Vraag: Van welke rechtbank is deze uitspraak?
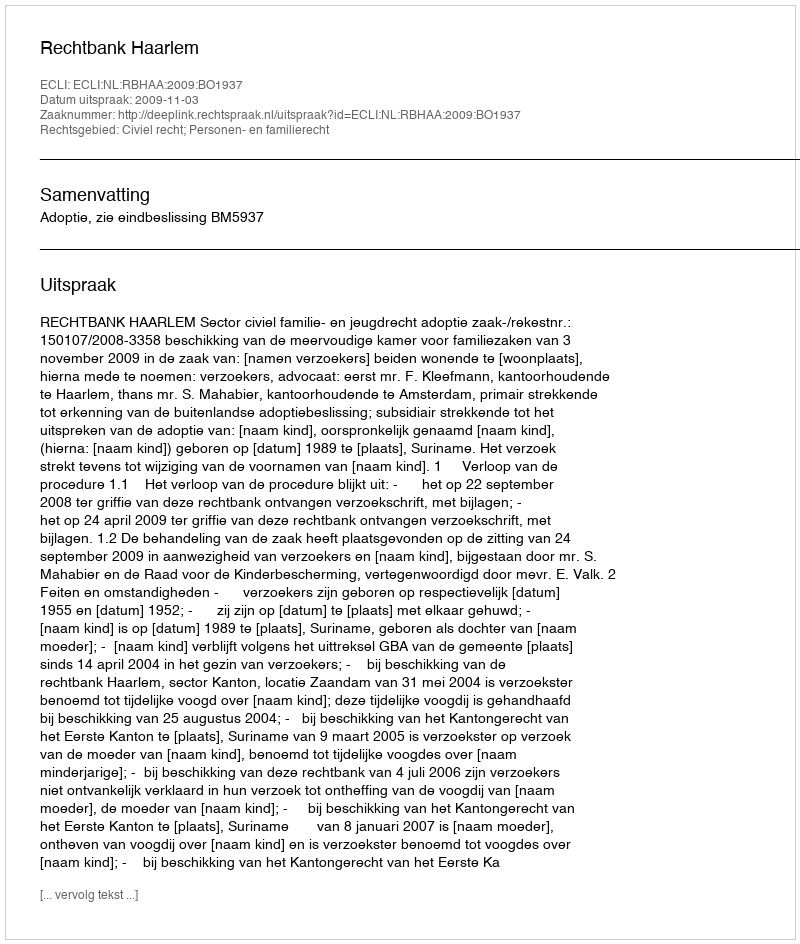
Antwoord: Rechtbank Haarlem